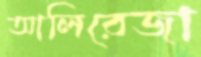
আলিরেজা